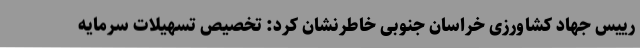
رییس جهاد کشاورزی خراسان جنوبی خاطرنشان کرد: تخصیص تسهیلات سرمایه